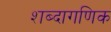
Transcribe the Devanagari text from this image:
शब्दागणिक